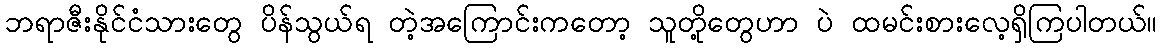
ဘရာဇီးနိုင်ငံသားတွေ ပိန်သွယ်ရ တဲ့အကြောင်းကတော့ သူတို့တွေဟာ ပဲ ထမင်းစားလေ့ရှိကြပါတယ်။